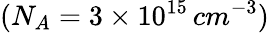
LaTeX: (N_{A}=3\times 10^{15}\, cm^{-3})